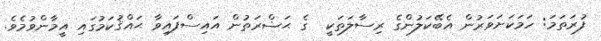
ފުރަތަމަ: ހަމަކަށަވަރުން އެބޭކަލުންގެ ރިސާލަތަކީ  ގެ ޙަޟްރަތުން އައިސްފައިވާ ޙައްޤުކަމުގައި އީމާންވުމެވެ.